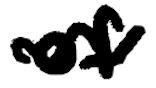
Text: of
Cross-out: wave
Writing tool: digital_black